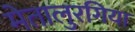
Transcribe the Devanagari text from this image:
मेतालुरगिया